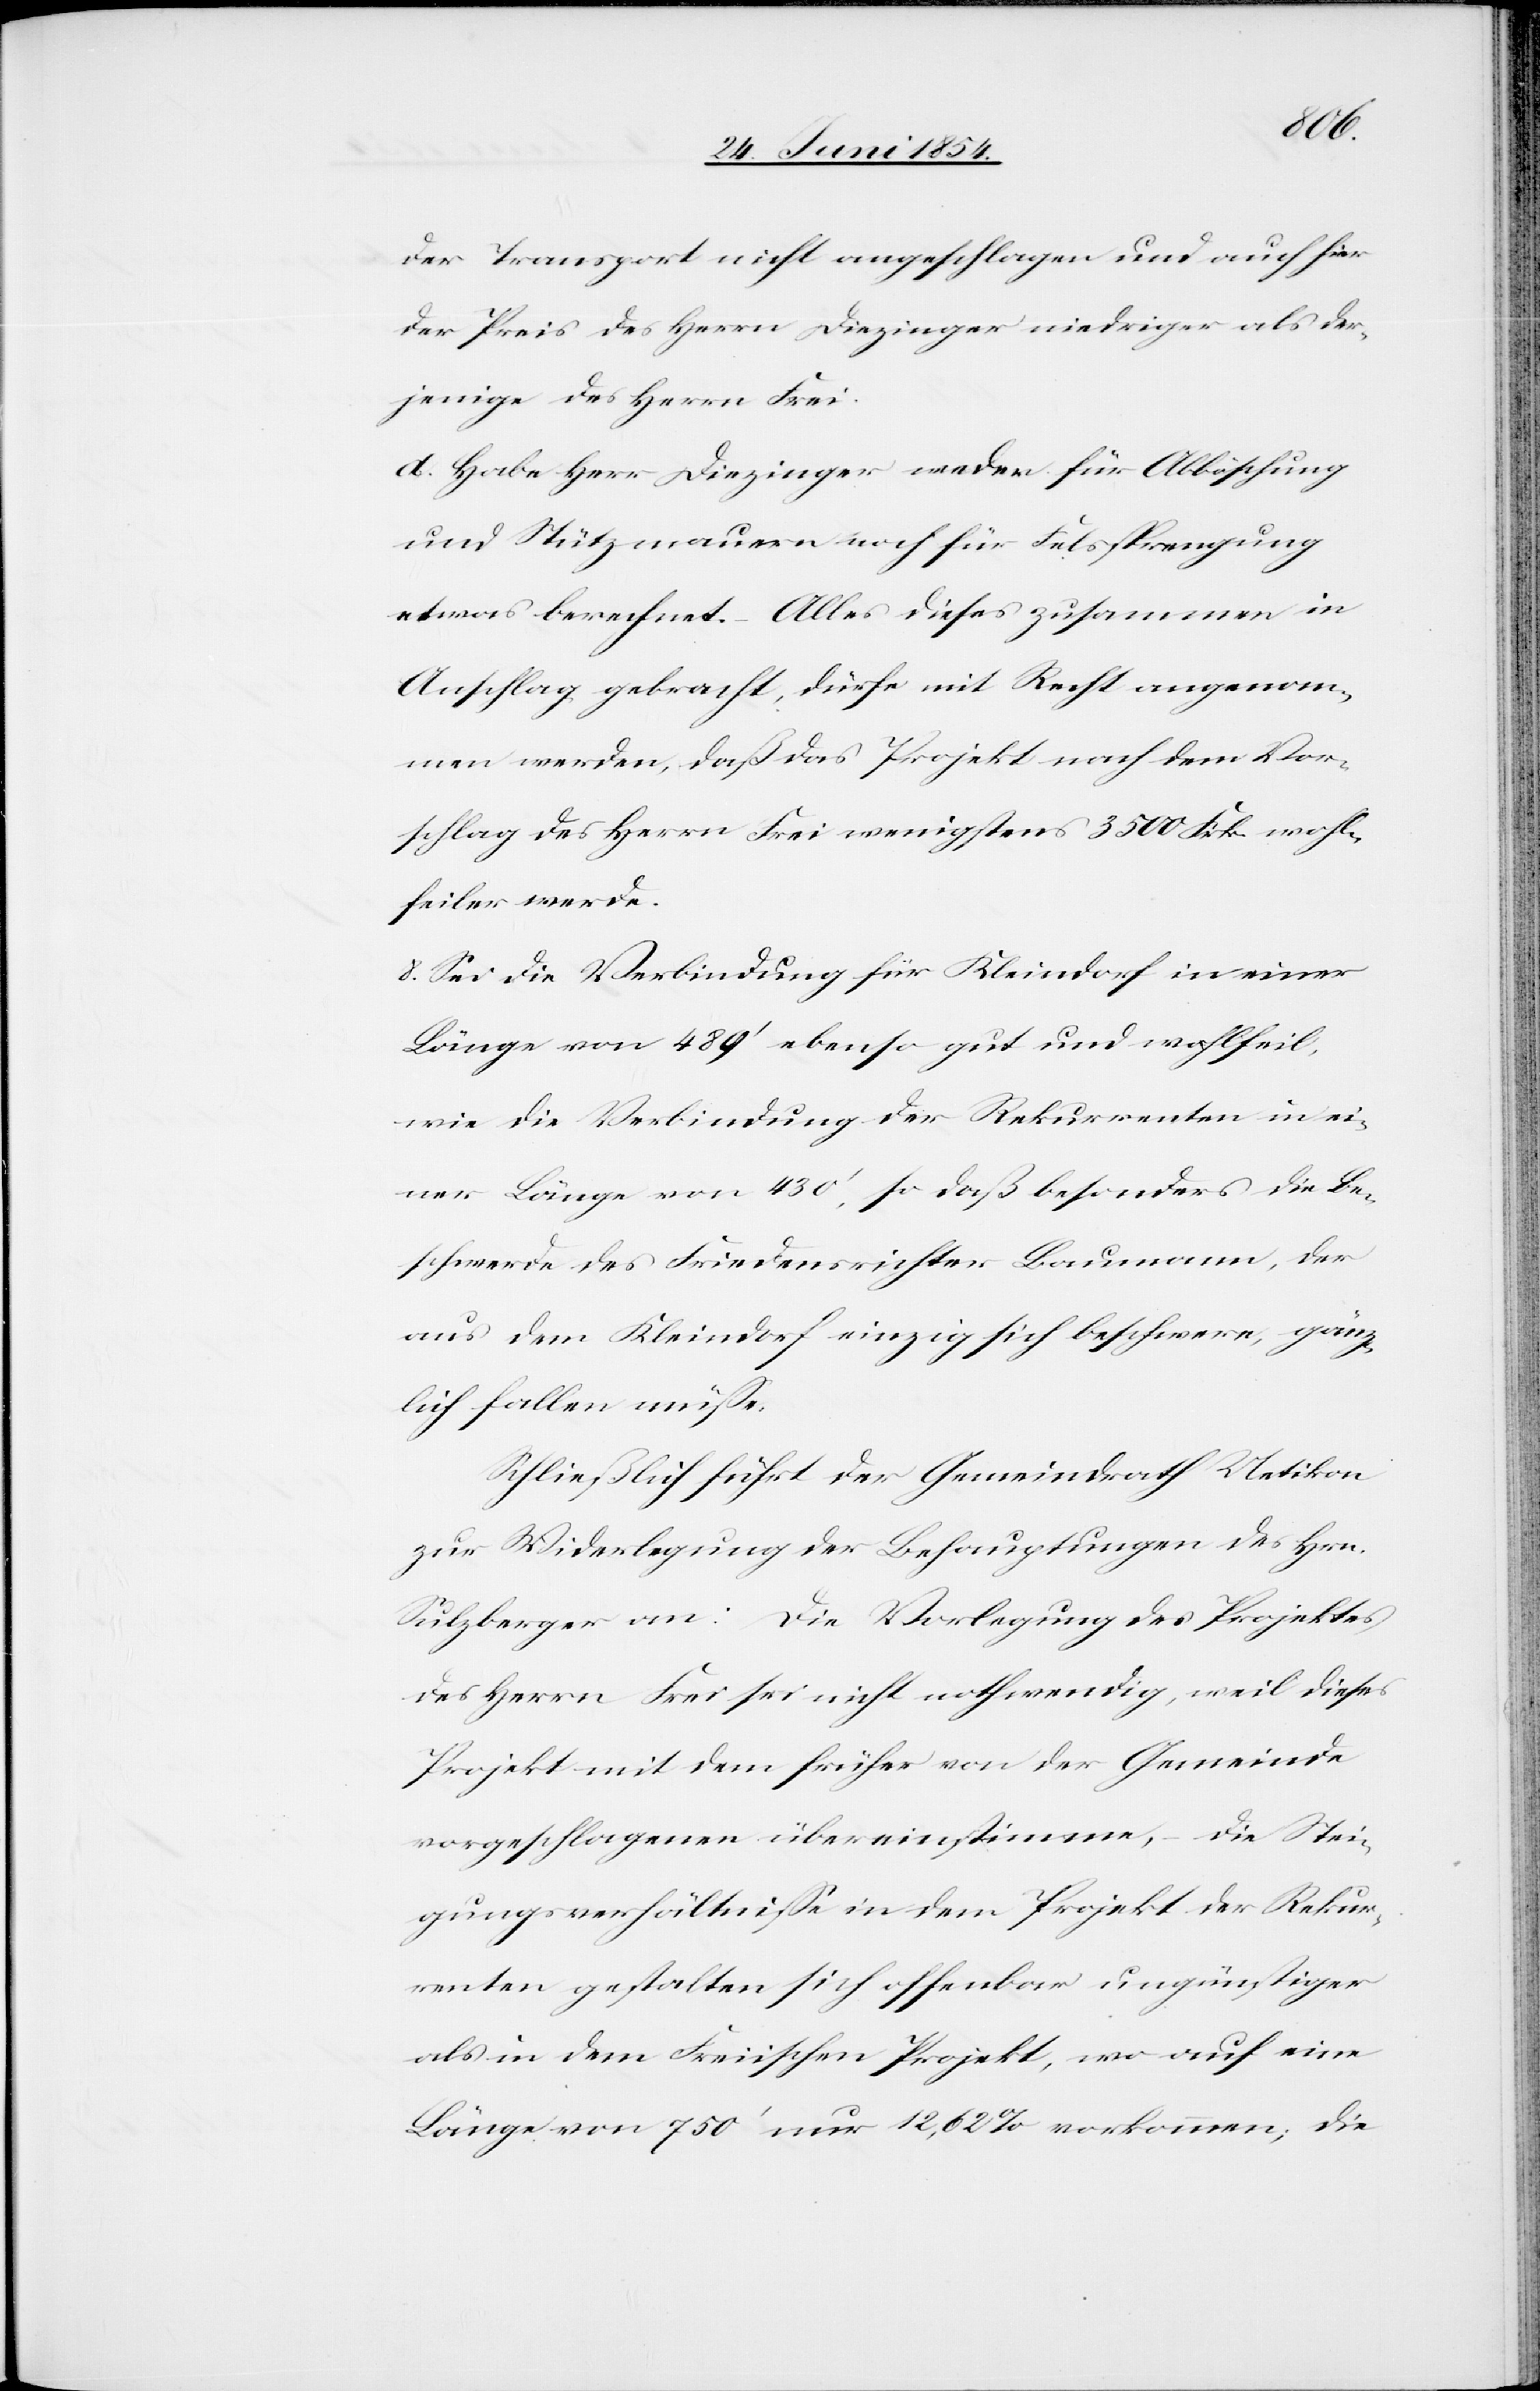
der Transport nicht angeschlagen und auch hier
der Preis des Herrn Diezinger niedriger als der¬
jenige des Herrn Frei.
d. Habe Herr Diezinger weder für Abböschung
und Stützmauern noch für Felssprengung
etwas berechnet. – Alles dieses zusammen in
Anschlag gebracht, dürfe mit Recht angenom¬
men werden, daß das Projekt nach dem Vor¬
schlag des Herrn Frei wenigstens 3500 Frk. wohl¬
feiler werde.
8. Sei die Verbindung für Kleindorf in einer
Länge von 489‘ ebenso gut und wohlfeil,
wie die Verbindung der Rekurrenten in ei¬
ner Länge von 430‘, so daß besonders die Be¬
schwerde des Friedensrichter Baumann, der
aus dem Kleindorf einzig sich beschwere, gänz¬
lich wegfallen müße.
Schließlich führt der Gemeindrath Uetikon
zur Widerlegung der Behauptungen des Hrn.
Sulzberger an: Die Vorlegung des Projektes
des Herrn Frei sei nicht nothwendig, weil dieses
Projekt mit dem früher von der Gemeinde
vorgeschlagenen übereinstimme, – die Stei¬
gungsverhältniße in dem Projekt der Rekur¬
renten gestalten sich offenbar ungünstiger
als in dem Freiischen Projekt, wo auf eine
Länge von 750‘ nur 12,62 % vorkommen; die